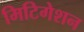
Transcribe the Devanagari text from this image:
मिटिगेशन